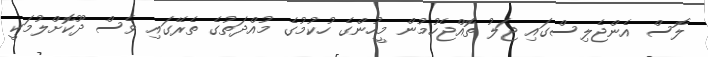
ލޮސް އެންޖެލިސްގައި ޖަލު ތޮއްޖެހުމުން މީހުންގެ ހުކުމުގެ މުއްދަތުގެ ތެރޭގައި ވެސް ދޫކޮށްލުމަކީ